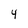
Character: 4